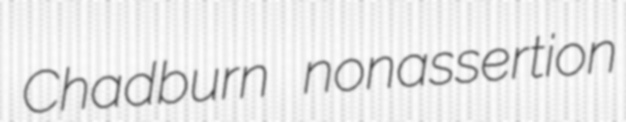
Chadburn nonassertion